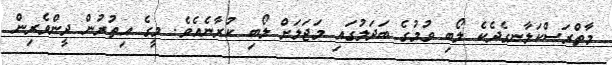
މާތްރަސްކަލާނގެދެކެ ލޯބި ވުމުގެ ބަދަލުގައި މަޖަލަށް ލޯބި ކުރާނެއެވެ. މީގެ އިތުރުން ދީންވެރިން